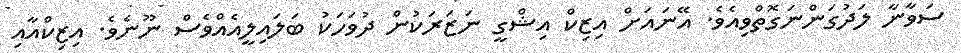
ސަވާނާ ލަދުގަންނަގޮތްވިއެވެ. އޭނައަށް އިޒިކް އިޝްގީ ނަޒަރަކުން ދުވަހަކު ބަލައިލީއެއްވެސް ނޫނެވެ. އިޒިކްއާއި